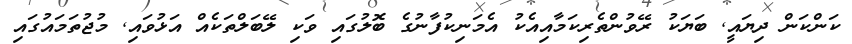
ކަންކަން ދިޔައީ